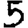
Digit: 5